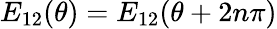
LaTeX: E_{12}(\theta)=E_{12}(\theta+2n\pi)